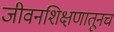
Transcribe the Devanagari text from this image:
जीवनशिक्षणातूनच